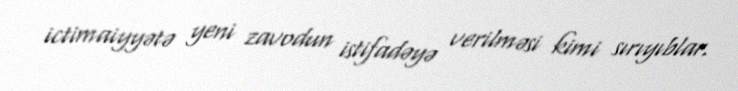
ictimaiyyətə yeni zavodun istifadəyə verilməsi kimi sırıyıblar.